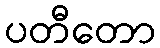
ပတီတော